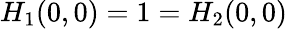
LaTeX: H_{1}(0,0)=1=H_{2}(0,0)